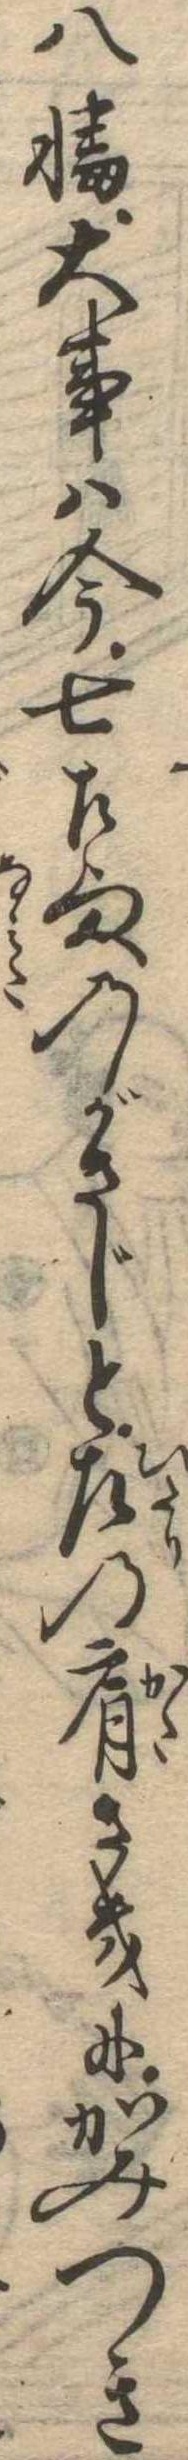
八幡大事は今七左様のがさじと左の肩さきにかみつき